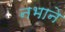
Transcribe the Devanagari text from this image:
नभाने